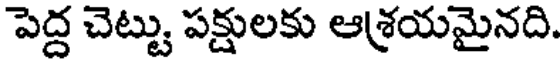
పెద్ద చెట్టు పక్షులకు ఆశ్రయమైనది.